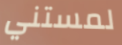
لمستني